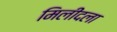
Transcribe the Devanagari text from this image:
मिलींदला